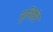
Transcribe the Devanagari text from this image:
मुशिरि